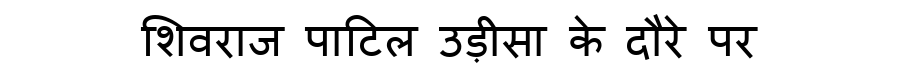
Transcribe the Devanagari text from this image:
शिवराज पाटिल उड़ीसा के दौरे पर